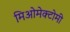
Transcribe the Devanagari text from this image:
मिओमेक्टोमी